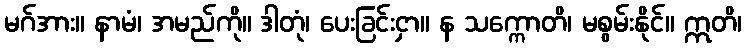
မဂ်အား။ နာမံ၊ အမည်ကို။ ဒါတုံ၊ ပေးခြင်းငှာ။ န သက္ကောတိ၊ မစွမ်းနိုင်။ ဣတိ၊